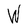
Character: W